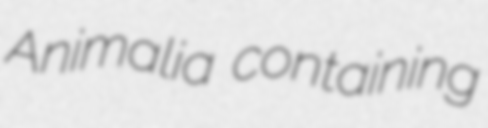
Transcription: Animalia containing